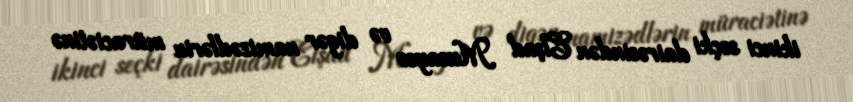
ikinci seçki dairəsindən Elşad Musayev və digər namizədlərin müraciətinə